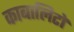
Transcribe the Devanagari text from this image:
काबालिटो